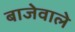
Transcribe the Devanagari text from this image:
बाजेवाले